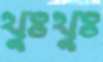
থুঃথুঃ